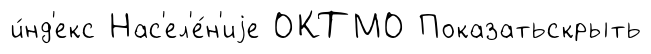
и́нд'екс Нас'ел'е́н'иjе ОКТМО Показатьскрыть